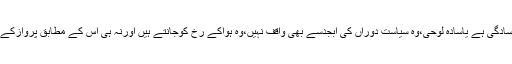
یہ ان لوگوں کی سادگی ہے یاسادہ لوحی،وہ سیاست دوراں کی ابجدسے بھی واقف نہیں،وہ ہواکے رخ کوجانتے ہیں اورنہ ہی اس کے مطابق پروازکے گرسے آگاہ ہیں۔